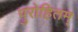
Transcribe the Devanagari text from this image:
पुरोहितम्